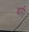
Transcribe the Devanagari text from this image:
थरी